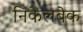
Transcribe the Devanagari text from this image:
निकेलबेक